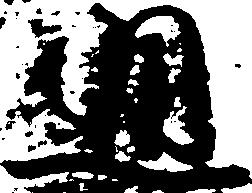
通